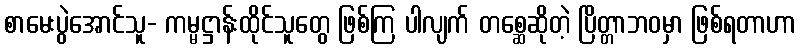
စာမေးပွဲအောင်သူ- ကမ္မဋ္ဌာန်းထိုင်သူတွေ ဖြစ်ကြ ပါလျက် တစ္ဆေဆိုတဲ့ ပြိတ္တာဘဝမှာ ဖြစ်ရတာဟာ